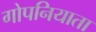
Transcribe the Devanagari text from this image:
गोपनियाता